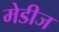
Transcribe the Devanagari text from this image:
मेडीज